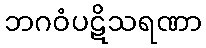
ဘဂဝံပဋိသရဏာ